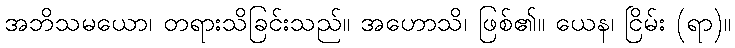
အဘိသမယော၊ တရားသိခြင်းသည်။ အဟောသိ၊ ဖြစ်၏။ ယေန၊ ငြိမ်း (ရာ)။